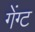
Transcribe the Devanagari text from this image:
गेंग्ट